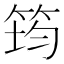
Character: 筠